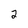
Character: 2